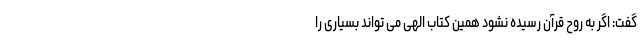
گفت: اگر به روح قرآن رسیده نشود همین کتاب الهی می تواند بسیاری را